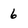
Character: 6